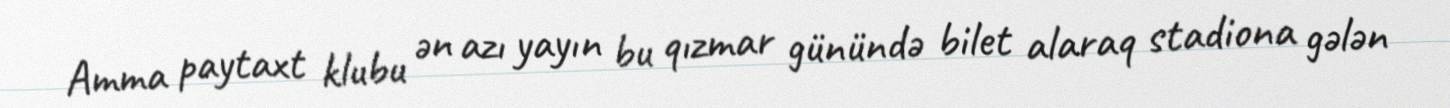
Amma paytaxt klubu ən azı yayın bu qızmar günündə bilet alaraq stadiona gələn